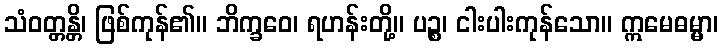
သံဝတ္တန္တိ၊ ဖြစ်ကုန်၏။ ဘိက္ခဝေ၊ ရဟန်းတို့။ ပဉ္စ၊ ငါးပါးကုန်သော။ ဣမေဓမ္မာ၊